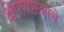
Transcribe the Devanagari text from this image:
क्षेपणास्त्रांचे